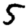
Digit: 5